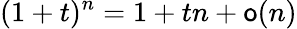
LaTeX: (1+t)^{n}=1+tn+\mathsf{o}(n)